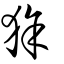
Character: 狳